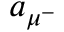
a _ { \mu ^ { - } }